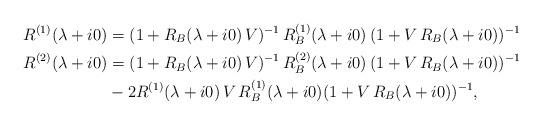
LaTeX: \begin{align*}R^{(1)}(\lambda+i0) & = (1+R_B(\lambda+i0)\, V)^{-1} \, R_B^{(1)}(\lambda+i0) \, (1+V\, R_B(\lambda+i0))^{-1}\\R^{(2)}(\lambda+i0) & = (1+ R_B(\lambda+i0)\, V)^{-1} \, R_B^{(2)}(\lambda+i0) \, (1+V\, R_B(\lambda+i0))^{-1} \\& -2 R^{(1)}(\lambda+i0) \, V \, R_B^{(1)}(\lambda+i0) (1+V\, R_B(\lambda+i0))^{-1} , \end{align*}